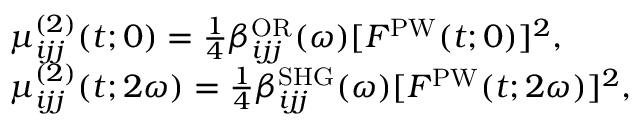
\begin{array} { r l } & { \mu _ { i j j } ^ { ( 2 ) } ( t ; 0 ) = \frac { 1 } { 4 } \beta _ { i j j } ^ { \mathrm { O R } } ( \omega ) [ F ^ { \mathrm { P W } } ( t ; 0 ) ] ^ { 2 } , } \\ & { \mu _ { i j j } ^ { ( 2 ) } ( t ; 2 \omega ) = \frac { 1 } { 4 } \beta _ { i j j } ^ { \mathrm { S H G } } ( \omega ) [ F ^ { \mathrm { P W } } ( t ; 2 \omega ) ] ^ { 2 } , } \end{array}